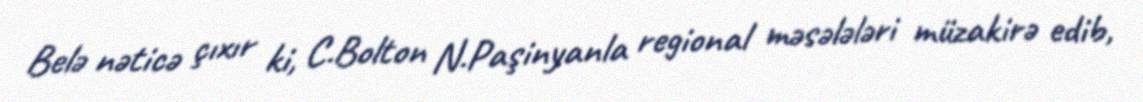
Belə nəticə çıxır ki, C.Bolton N.Paşinyanla regional məsələləri müzakirə edib,